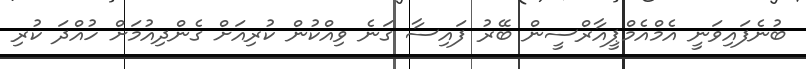
ބުނެފައިވަނީ އެމްއެމްޕީއާރްސީން ބޭރު ފައިސާ ގަނެ ވިއްކުން ކުރިއަށް ގެންދިއުމަށް ހުއްދަ ކުރި